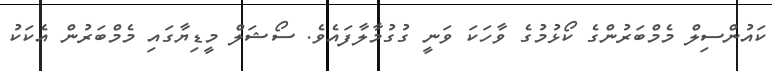
ކައުންސިލް މެމްބަރުންގެ ކޯޅުމުގެ ވާހަކަ ވަނީ ގުގުމާލާފައެވެ. ސޯޝަލް މީޑިޔާގައި މެމްބަރުން އެކަކު